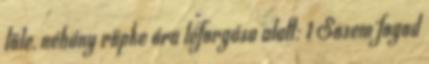
tőle, néhány röp­ke óra leforgása alatt: 1 Sosem fo­god